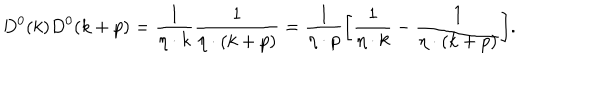
D ^ { 0 } ( k ) D ^ { 0 } ( k + p ) = { \frac { 1 } { \eta \cdot k } } { \frac { 1 } { \eta \cdot ( k + p ) } } = { \frac { 1 } { \eta \cdot p } } \biggl [ { \frac { 1 } { \eta \cdot k } } - { \frac { 1 } { \eta \cdot ( k + p ) } } \biggr ] .